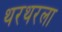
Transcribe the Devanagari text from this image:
थरथरला